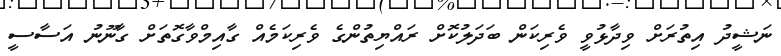
ނަޝީދު އިތުރަށް ވިދާޅުވީ ވެރިކަން ބަދަލުކޮށް ރައްޔިތުންގެ ވެރިކަމެއް ގާއިމްވާގޮތަށް ގާނޫނު އަސާސީ